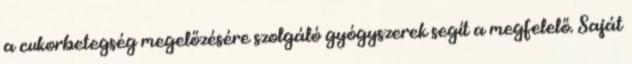
a cukorbetegség megelőzésére szolgáló gyógyszerek segít a megfelelő. Saját